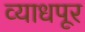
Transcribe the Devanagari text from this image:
व्याधपूर